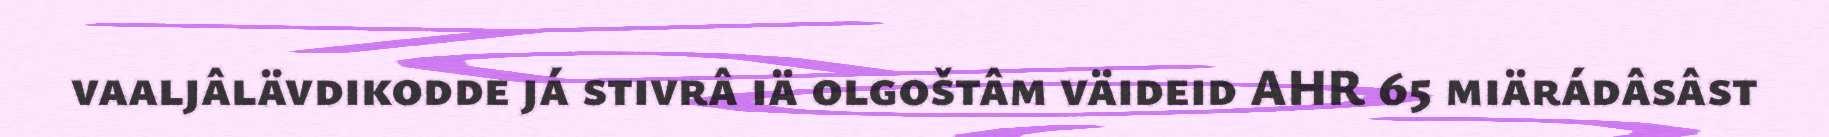
vaaljâlävdikodde já stivrâ iä olgoštâm väideid AHR 65 miärádâsâst